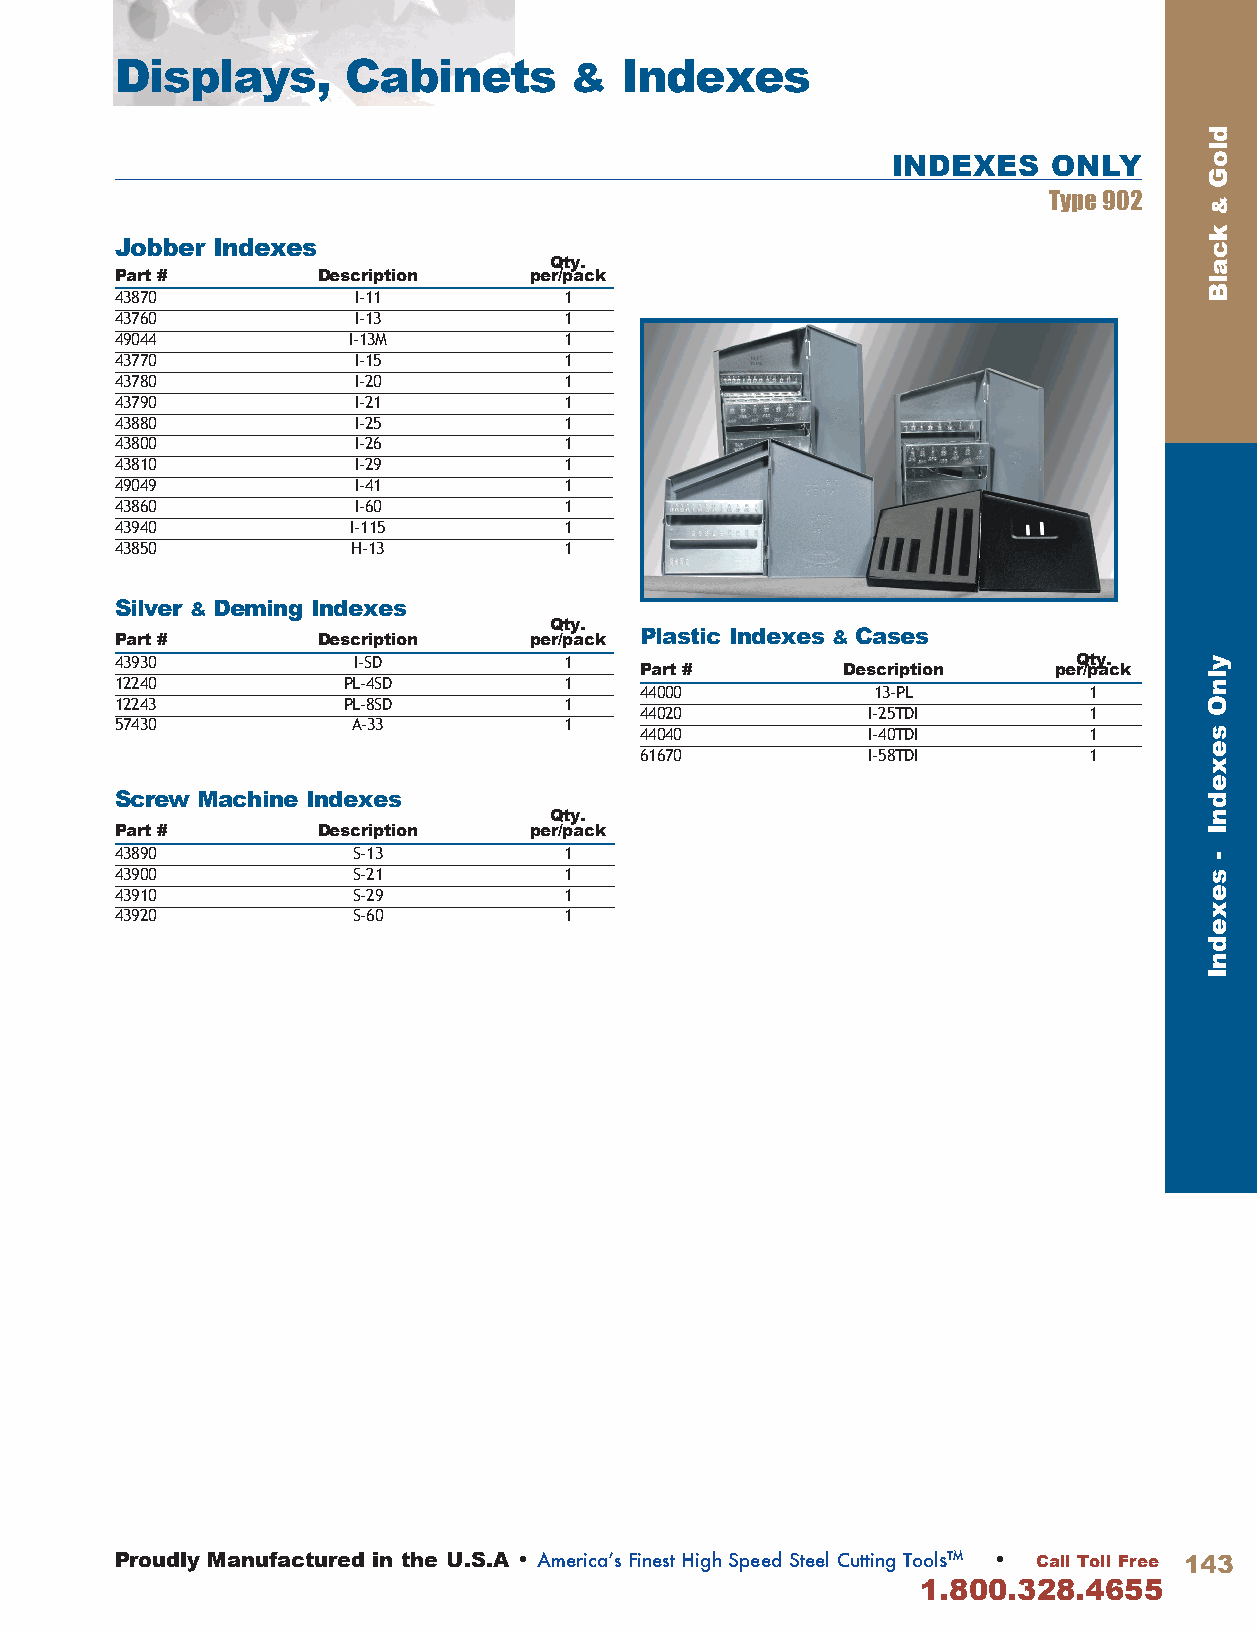
Displays,      Cabinets       &  Indexes
 INDEXES    ONLY
 Type 902
 Jobber Indexes
 Qty.
 Part #       Description   per/pack
 43870          I-11          1
 43760          I-13          1
 49044          I-13M         1
 43770          I-15          1
 43780          I-20          1
 43790          I-21          1
 43880          I-25          1
 43800          I-26          1
 43810          I-29          1
 49049          I-41          1
 43860          I-60          1
 43940          I-115         1
 43850          H-13          1
 Silver & Deming Indexes
 Qty.
 Part #       Description   per/pack Plastic Indexes & Cases
 43930          I-SD          1                                 Qty.
 Part #        Description   per/pack
 12240          PL-4SD        1
 44000           13-PL         1
 12243          PL-8SD        1
 44020          I-25TDI        1
 57430          A-33          1
 44040          I-40TDI        1
 61670          I-58TDI        1
 Screw Machine Indexes
 Qty.
 Part #       Description   per/pack
 43890          S-13          1
 43900          S-21          1
 43910          S-29          1
 43920          S-60          1
 Proudly Manufactured in the U.S.A • America’s Finest High Speed Steel Cutting Tools™ • Call Toll Free 143
 1.800.328.4655
 dloG
 &
 kcalB
 ylnO
 sexednI
 -
 sexednI